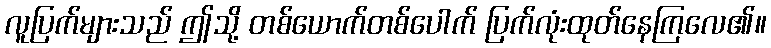
လူပြက်များသည် ဤသို့ တစ်ယောက်တစ်ပေါက် ပြက်လုံးထုတ်နေကြလေ၏။